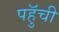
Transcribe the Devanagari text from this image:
पहुॅची